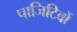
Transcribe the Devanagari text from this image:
पाजिटिवों